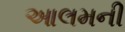
આલમની